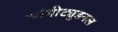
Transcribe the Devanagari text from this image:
लांगीट्युडनल